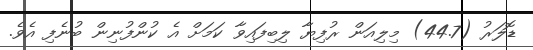
ޑޮލަރު (44.7) މިލިއަން ރުފިޔާ ލިބިފައިވާ ކަމަށް އެ ކުންފުނިން ބުނެފި އެވެ.